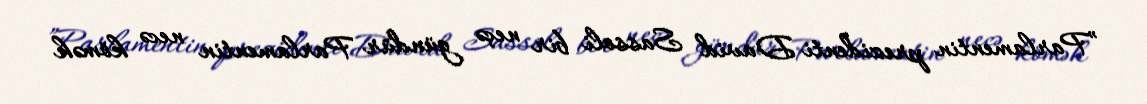
”Parlamentin prezidenti David Sassoli bir neçə gündür Parlamentin necə kömək